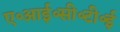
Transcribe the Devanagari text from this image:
ए॰आई॰सी॰टी॰ई